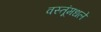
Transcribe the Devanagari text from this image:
वस्तूंमधले